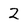
Character: 2